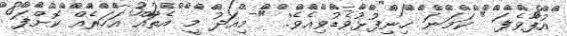
އުފާވެފަ " ކަމަނަ ހިނިފުޅުވެޑުވިއެވެ. " މިއަދު މީ އެތައް އަހަރެއް ކޮށްފަ